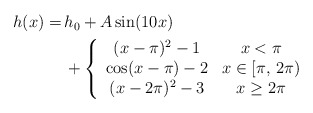
\begin{align*}\begin{aligned}h(x) =&\, h_0+A\sin(10x)\\&\,+\left\{\begin{array}{cc}(x-\pi)^2-1 & x < \pi\\\cos(x-\pi)-2 & x \in [\pi,\,2\pi)\\(x-2\pi)^2-3 & x \ge 2\pi\end{array}\right.\end{aligned}\end{align*}